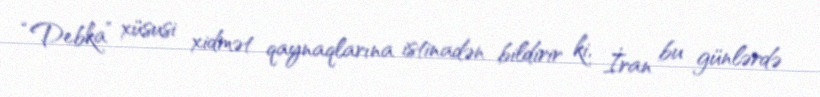
“Debka” xüsusi xidmət qaynaqlarına istinadən bildirir ki, İran bu günlərdə